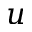
u